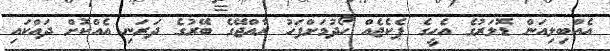
އެއްބިލިއަން ޑޮލަރުގެ އެހީގެ ޕެކެޖެއް ހޯދުމަށްފަހު ރާއްޖޭގެ ބޭރުގެ ދަރަނި އެއްކޮށް ދައްކައި